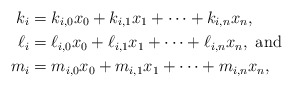
\begin{align*}k_i &= k_{i,0} x_0 + k_{i,1} x_1 + \cdots + k_{i,n} x_n, \\\ell_i &= \ell_{i,0} x_0 + \ell_{i,1} x_1 + \cdots + \ell_{i,n} x_n, \mbox{ and } \\m_i &= m_{i,0} x_0 + m_{i,1} x_1 + \cdots + m_{i,n} x_n,\end{align*}